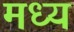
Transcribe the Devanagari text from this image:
मध्य